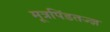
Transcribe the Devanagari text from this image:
मूत्रपिंडतज्‍ज्ञ